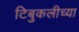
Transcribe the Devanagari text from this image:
टिबुकलीच्‍या